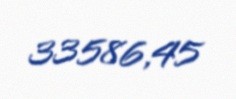
33586,45